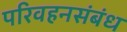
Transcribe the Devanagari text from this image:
परिवहनसंबंध